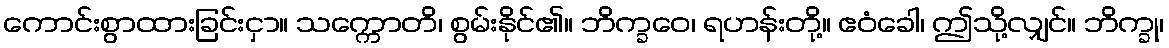
ကောင်းစွာထားခြင်းငှာ။ သက္ကောတိ၊ စွမ်းနိုင်၏။ ဘိက္ခဝေ၊ ရဟန်းတို့။ ဧဝံခေါ၊ ဤသို့လျှင်။ ဘိက္ခု၊